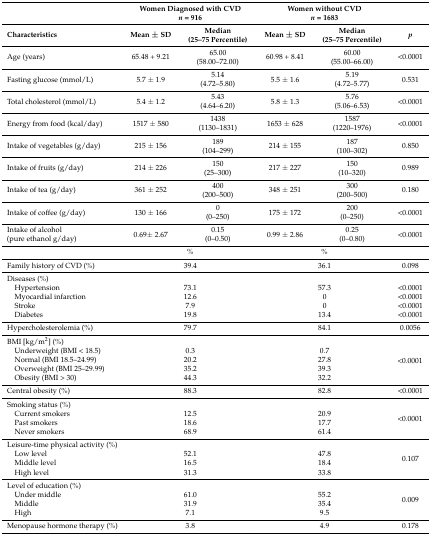
<table><thead><tr><td></td><td colspan="2"><b>Women Diagnosed with CVD<i>n</i> = 916</b></td><td colspan="2"><b>Women without CVD<i>n</i> = 1683</b></td><td></td></tr><tr><td><b>Characteristics</b></td><td><b>Mean ± SD</b></td><td><b>Median(25–75 Percentile)</b></td><td><b>Mean ± SD</b></td><td><b>Median(25–75 Percentile)</b></td><td><b><i>p</i></b></td></tr></thead><tbody><tr><td>Age (years)</td><td>65.48 + 9.21</td><td>65.00(58.00–72.00)</td><td>60.98 + 8.41</td><td>60.00(55.00–66.00)</td><td>&lt;0.0001</td></tr><tr><td>Fasting glucose (mmol/L)</td><td>5.7 ± 1.9</td><td>5.14(4.72–5.80)</td><td>5.5 ± 1.6</td><td>5.19(4.72–5.77)</td><td>0.531</td></tr><tr><td>Total cholesterol (mmol/L)</td><td>5.4 ± 1.2</td><td>5.43(4.64–6.20)</td><td>5.8 ± 1.3</td><td>5.76(5.06–6.53)</td><td>&lt;0.0001</td></tr><tr><td>Energy from food (kcal/day)</td><td>1517 ± 580</td><td>1438(1130–1831)</td><td>1653 ± 628</td><td>1587(1220–1976)</td><td>&lt;0.0001</td></tr><tr><td>Intake of vegetables (g/day)</td><td>215 ± 156</td><td>189(104–299)</td><td>214 ± 155</td><td>187(100–302)</td><td>0.850</td></tr><tr><td>Intake of fruits (g/day)</td><td>214 ± 226</td><td>150(25–300)</td><td>217 ± 227</td><td>150(10–320)</td><td>0.989</td></tr><tr><td>Intake of tea (g/day)</td><td>361 ± 252</td><td>400(200–500)</td><td>348 ± 251</td><td>300(200–500)</td><td>0.180</td></tr><tr><td>Intake of coffee (g/day)</td><td>130 ± 166</td><td>0(0–250)</td><td>175 ± 172</td><td>200(0–250)</td><td>&lt;0.0001</td></tr><tr><td>Intake of alcohol(pure ethanol g/day)</td><td>0.69± 2.67</td><td>0.15(0–0.50)</td><td>0.99 ± 2.86</td><td>0.25(0–0.80)</td><td>&lt;0.0001</td></tr><tr><td></td><td colspan="2">%</td><td colspan="2">%</td><td></td></tr><tr><td>Family history of CVD (%)</td><td colspan="2">39.4</td><td colspan="2">36.1</td><td>0.098</td></tr><tr><td>Diseases (%)</td><td colspan="2"></td><td colspan="2"></td><td></td></tr><tr><td> Hypertension</td><td colspan="2">73.1</td><td colspan="2">57.3</td><td>&lt;0.0001</td></tr><tr><td> Myocardial infarction</td><td colspan="2">12.6</td><td colspan="2">0</td><td>&lt;0.0001</td></tr><tr><td> Stroke</td><td colspan="2">7.9</td><td colspan="2">0</td><td>&lt;0.0001</td></tr><tr><td> Diabetes</td><td colspan="2">19.8</td><td colspan="2">13.4</td><td>&lt;0.0001</td></tr><tr><td>Hypercholesterolemia (%)</td><td colspan="2">79.7</td><td colspan="2">84.1</td><td>0.0056</td></tr><tr><td>BMI [kg/m<sup>2</sup>] (%)</td><td colspan="2"></td><td colspan="2"></td><td rowspan="5">&lt;0.0001</td></tr><tr><td> Underweight (BMI &lt; 18.5)</td><td colspan="2">0.3</td><td colspan="2">0.7</td></tr><tr><td> Normal (BMI 18.5–24.99)</td><td colspan="2">20.2</td><td colspan="2">27.8</td></tr><tr><td> Overweight (BMI 25–29.99)</td><td colspan="2">35.2</td><td colspan="2">39.3</td></tr><tr><td> Obesity (BMI &gt; 30)</td><td colspan="2">44.3</td><td colspan="2">32.2</td></tr><tr><td>Central obesity (%)</td><td colspan="2">88.3</td><td colspan="2">82.8</td><td>&lt;0.0001</td></tr><tr><td>Smoking status (%)</td><td colspan="2"></td><td colspan="2"></td><td rowspan="4">&lt;0.0001</td></tr><tr><td> Current smokers</td><td colspan="2">12.5</td><td colspan="2">20.9</td></tr><tr><td> Past smokers</td><td colspan="2">18.6</td><td colspan="2">17.7</td></tr><tr><td> Never smokers</td><td colspan="2">68.9</td><td colspan="2">61.4</td></tr><tr><td>Leisure-time physical activity (%)</td><td colspan="2"></td><td colspan="2"></td><td rowspan="4">0.107</td></tr><tr><td> Low level</td><td colspan="2">52.1</td><td colspan="2">47.8</td></tr><tr><td> Middle level</td><td colspan="2">16.5</td><td colspan="2">18.4</td></tr><tr><td> High level</td><td colspan="2">31.3</td><td colspan="2">33.8</td></tr><tr><td>Level of education (%)</td><td colspan="2"></td><td colspan="2"></td><td rowspan="4">0.009</td></tr><tr><td> Under middle</td><td colspan="2">61.0</td><td colspan="2">55.2</td></tr><tr><td> Middle</td><td colspan="2">31.9</td><td colspan="2">35.4</td></tr><tr><td> High</td><td colspan="2">7.1</td><td colspan="2">9.5</td></tr><tr><td>Menopause hormone therapy (%)</td><td colspan="2">3.8</td><td colspan="2">4.9</td><td>0.178</td></tr></tbody></table>